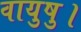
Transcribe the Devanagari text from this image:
वायुषु।